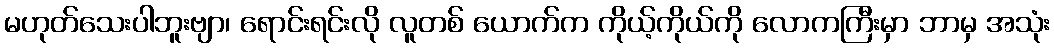
မဟုတ်သေးပါဘူးဗျာ၊ ရောင်းရင်းလို လူတစ် ယောက်က ကိုယ့်ကိုယ်ကို လောကကြီးမှာ ဘာမှ အသုံး